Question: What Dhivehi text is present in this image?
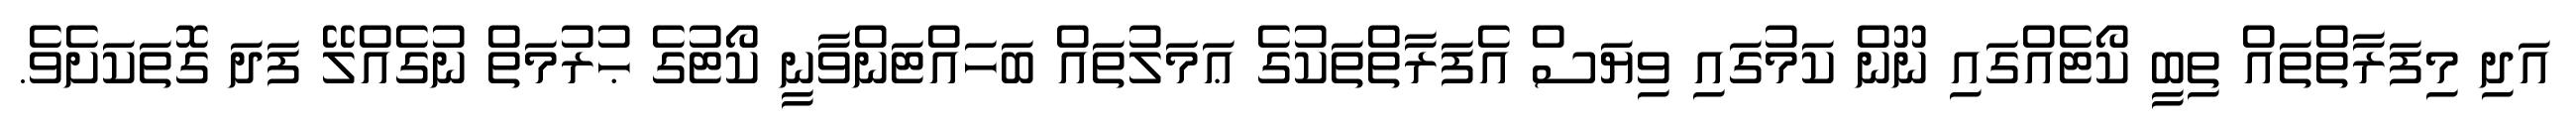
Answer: އަދި މިފަރާތްތައް ތިބީ ކޯޓެއްގައި ނޫން ކަމުގައި ވިޔަސް އެފަރާތްތަކުގެ ޢަމަލުތައް ބަހައްޓަންވާނީ ކޯޓުގެ ޙުރުމަތް ނުގެއްލޭ ފަދަ ގޮތަކަށެވެ.